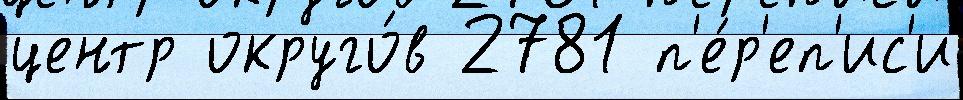
центр округо́в 2781 п'е́р'еп'ис'и